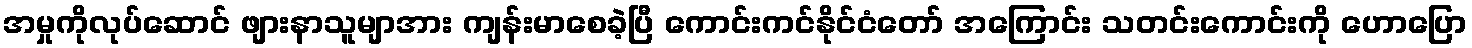
အမှုကိုလုပ်ဆောင် ဖျားနာသူမျာအား ကျန်းမာစေခဲ့ပြီ ကောင်းကင်နိုင်ငံတော် အကြောင်း သတင်းကောင်းကို ဟောပြော